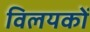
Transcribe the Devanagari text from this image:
विलयकों